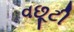
વછૂટી